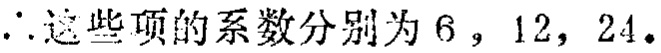
\(\therefore\)这些项的系数分别为\(6\)，\(12\)，\(24\)。